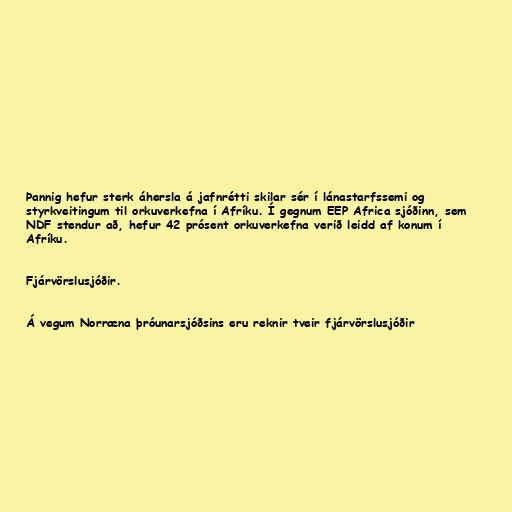
Þannig hefur sterk áhersla á jafnrétti skilar sér í lánastarfssemi og
styrkveitingum til orkuverkefna í Afríku. Í gegnum EEP Africa sjóðinn, sem
NDF stendur að, hefur 42 prósent orkuverkefna verið leidd af konum í
Afríku.

Fjárvörslusjóðir.

Á vegum Norræna þróunarsjóðsins eru reknir tveir fjárvörslusjóðir